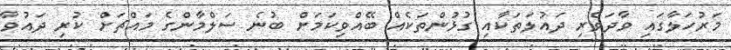
މަރުހަލާގައި ވާދަވެރި ދައުލަތަކާއި ގުޅުންތަކެއް ބޭއްވިކަމަށް ބުނެ ސަލްމާންގެ މައްޗަށް ކުރި ދައުވާ